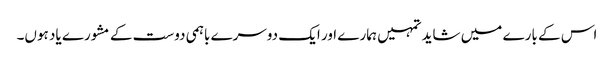
اس کے بارے میں شاید تمہیں ہمارے اور ایک دوسرے باہمی دوست کے مشورے یاد ہوں۔